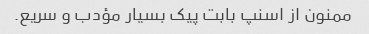
ممنون از اسنپ بابت پیک بسیار مؤدب و سریع.